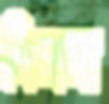
দিলমা